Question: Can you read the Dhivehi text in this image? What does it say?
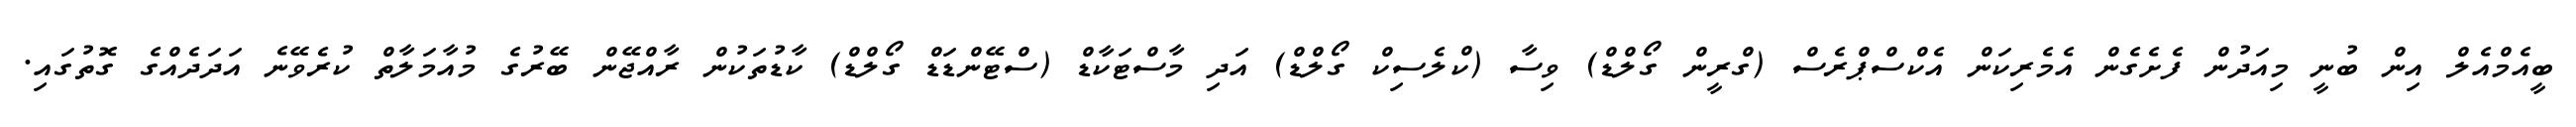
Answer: ބީއެމްއެލް އިން ބުނީ މިއަދުން ފެށެގެން އެމެރިކަން އެކްސްޕްރެސް (ގްރީން ގޯލްޑް) ވިސާ (ކްލެސިކް ގޯލްޑް) އަދި މާސްޓަކާޑް (ސްޓޭންޑަޑް ގޯލްޑް) ކާޑުތަކުން ރާއްޖޭން ބޭރުގެ މުއާމަލާތް ކުރެވޭނެ އަދަދެއްގެ ގޮތުގައި.